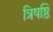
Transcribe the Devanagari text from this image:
त्रिषष्ठि